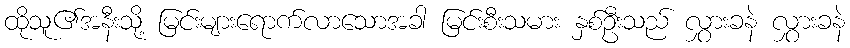
ထိုသူ၏အနီးသို့ မြင်းများရောက်လာသောအခါ မြင်းစီးသမား နှစ်ဦးသည် လွှားခနဲ လွှားခနဲ